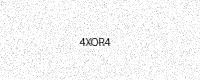
Text: 4XOR4